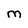
Character: M